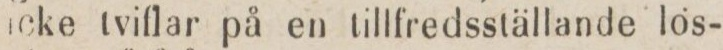
icke tviflar på en tillfredsställande lös-